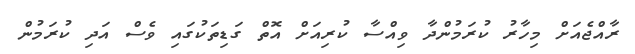
ރާއްޖެއަށް މިހާރު ކުރަމުންދާ ވިއްސާ ކުރިއަށް އޮތް ގަޑިތަކުގައި ވެސް އަދި ކުރަމުން